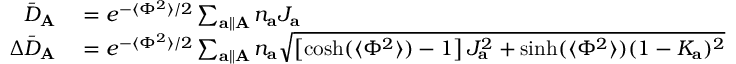
\begin{array} { r l } { \bar { D } _ { \mathbf { A } } } & { { } = e ^ { - \langle \Phi ^ { 2 } \rangle / 2 } \sum _ { \mathbf { a } \parallel \mathbf { A } } n _ { \mathbf { a } } J _ { \mathbf { a } } } \\ { \Delta \bar { D } _ { \mathbf { A } } } & { { } = e ^ { - \langle \Phi ^ { 2 } \rangle / 2 } \sum _ { \mathbf { a } \parallel \mathbf { A } } n _ { \mathbf { a } } \sqrt { \left[ \cosh ( \langle \Phi ^ { 2 } \rangle ) - 1 \right] J _ { \mathbf { a } } ^ { 2 } + \sinh ( \langle \Phi ^ { 2 } \rangle ) ( 1 - K _ { \mathbf { a } } ) ^ { 2 } } } \end{array}